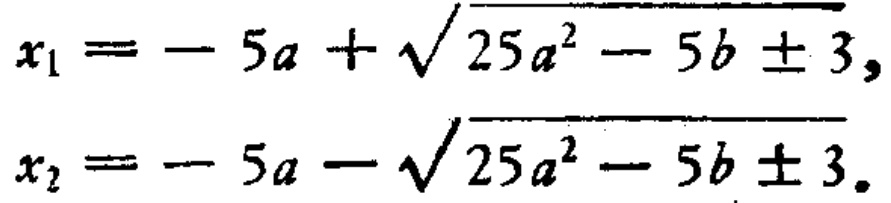
\[
x_{1}=-5a + \sqrt{25a^{2}-5b\pm3},\\
x_{2}=-5a - \sqrt{25a^{2}-5b\pm3}.
\]